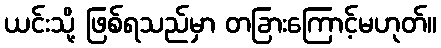
ယင်းသို့ ဖြစ်ရသည်မှာ တခြားကြောင့်မဟုတ်။